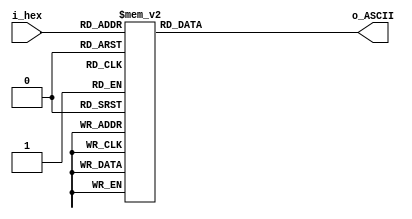
module hex_to_ASCII (
    input [3:0] i_hex,
    output reg [7:0] o_ASCII
);

always @*
    case(i_hex)
        4'h0: o_ASCII = 8'h30; //0 in ASCII
        4'h1: o_ASCII = 8'h31; //1 in ASCII
        4'h2: o_ASCII = 8'h32; //2 in ASCII
        4'h3: o_ASCII = 8'h33; //3 in ASCII
        4'h4: o_ASCII = 8'h34; //4 in ASCII
        4'h5: o_ASCII = 8'h35; //5 in ASCII
        4'h6: o_ASCII = 8'h36; //6 in ASCII
        4'h7: o_ASCII = 8'h37; //7 in ASCII
        4'h8: o_ASCII = 8'h38; //8 in ASCII
        4'h9: o_ASCII = 8'h39; //9 in ASCII
        4'hA: o_ASCII = 8'h41; //A in ASCII
        4'hB: o_ASCII = 8'h42; //B in ASCII
        4'hC: o_ASCII = 8'h43; //C in ASCII
        4'hD: o_ASCII = 8'h44; //D in ASCII
        4'hE: o_ASCII = 8'h45; //E in ASCII
        4'hF: o_ASCII = 8'h46; //F in ASCII
    endcase

endmodule